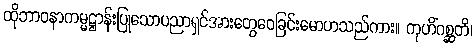
ထိုဘာဝနာကမ္မဋ္ဌာန်းပြုသောပညာရှင်အားတွေဝေခြင်းမောဟသည်ကား။ ကုဟိံဂစ္ဆတိ၊